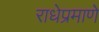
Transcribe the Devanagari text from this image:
राधेप्रमाणे